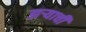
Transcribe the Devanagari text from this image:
झऱ्याची